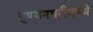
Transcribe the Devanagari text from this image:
पुण्यनगरीमध्ये